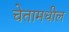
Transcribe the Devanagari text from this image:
चेतामधील